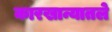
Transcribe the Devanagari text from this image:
कारखान्यातले